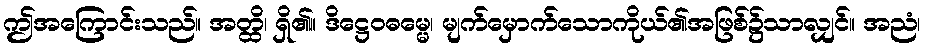
ဤအကြောင်းသည်။ အတ္ထိ၊ ရှိ၏။ ဒိဋ္ဌေဝဓမ္မေ၊ မျက်မှောက်သောကိုယ်၏အဖြစ်၌သာလျှင်။ အညံ၊